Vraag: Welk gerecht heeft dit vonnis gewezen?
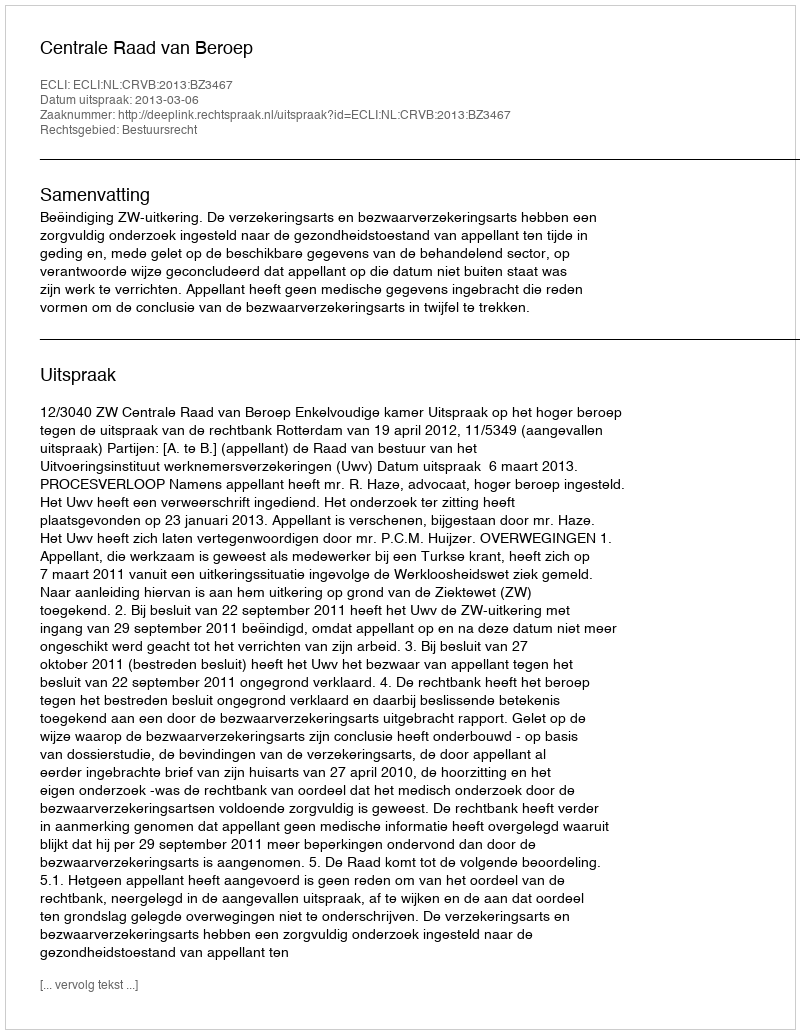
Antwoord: Centrale Raad van Beroep